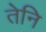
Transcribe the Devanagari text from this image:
तेनि